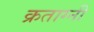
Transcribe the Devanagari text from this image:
क्रताग्नी